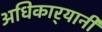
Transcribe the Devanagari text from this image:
अधिकार्‍यानी